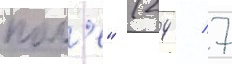
пол'е" (24 / 7